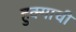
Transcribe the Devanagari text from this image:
हुक्माची